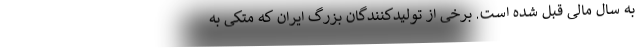
به سال مالی قبل شده است. برخی از تولیدکنندگان بزرگ ایران که متکی به